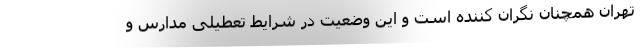
تهران همچنان نگران کننده‌ است و این وضعیت در شرایط تعطیلی مدارس و